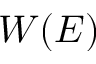
W ( E )